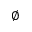
\emptyset